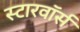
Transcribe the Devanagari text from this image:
स्टारवॉर्स